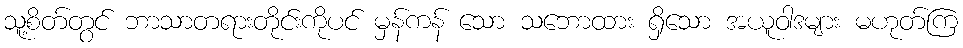
သူ့စိတ်တွင် ဘာသာတရားတိုင်းကိုပင် မှန်ကန် သော သဘောထား ရှိသော အယူဝါဒများ မဟုတ်ကြ